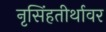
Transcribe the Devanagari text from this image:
नृसिंहतीर्थावर